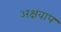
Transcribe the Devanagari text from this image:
अक्षवाप